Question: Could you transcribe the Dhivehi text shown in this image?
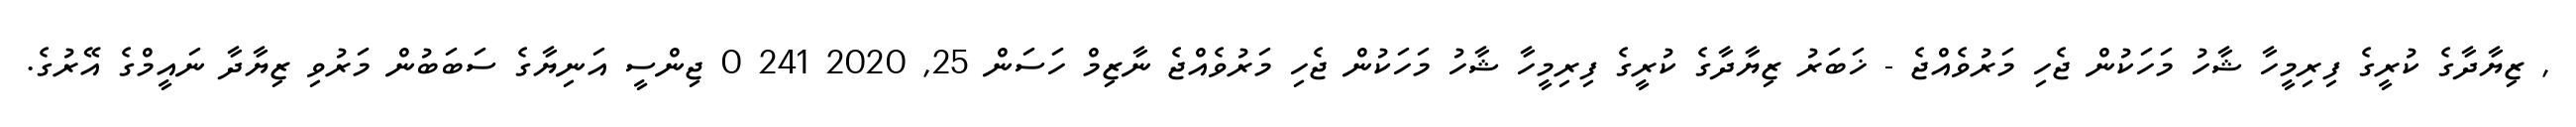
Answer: , ޒިޔާދާގެ ކުރީގެ ފިރިމީހާ ޝާހު މަހަކުން ޖެހި މަރުވެއްޖެ - ޚަބަރު ޒިޔާދާގެ ކުރީގެ ފިރިމީހާ ޝާހު މަހަކުން ޖެހި މަރުވެއްޖެ ނާޒިމް ހަސަން 25, 2020 241 0 ޖިންސީ އަނިޔާގެ ސަބަބުން މަރުވި ޒިޔާދާ ނައީމްގެ އޭރުގެ.